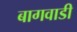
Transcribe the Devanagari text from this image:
बागवाडी